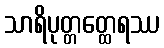
သာရိပုတ္တတ္ထေရဿ